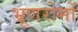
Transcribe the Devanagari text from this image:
भ्रूणरोमों